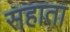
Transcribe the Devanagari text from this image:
सहाता